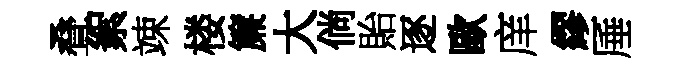
叠絮竦楼簾大倘貽逐歐庠繆厜